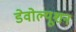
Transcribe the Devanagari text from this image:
डेवोल्यूशन